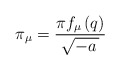
\begin{align*}\pi _\mu =\frac{\pi f_\mu \left( q\right) }{\sqrt{-a\,}}\end{align*}